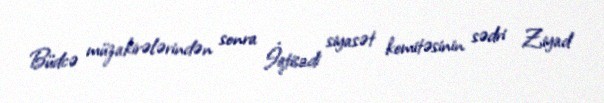
Büdcə müzakirələrindən sonra İqtisadi siyasət komitəsinin sədri Ziyad